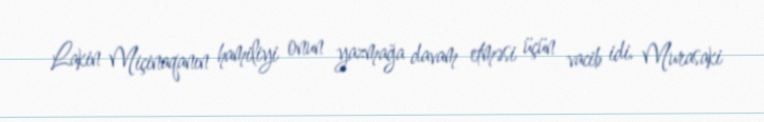
Lakin Miçinaqanın hamiliyi onun yazmağa davam etməsi üçün vacib idi. Murasaki